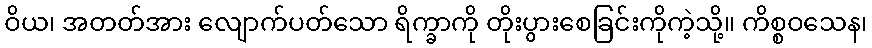
ဝိယ၊ အတတ်အား လျောက်ပတ်သော ရိက္ခာကို တိုးပွားစေခြင်းကိုကဲ့သို့။ ကိစ္စဝသေန၊